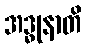
အဒ္ဓုနာတိ